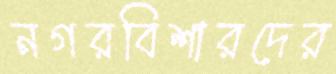
নগরবিশারদের